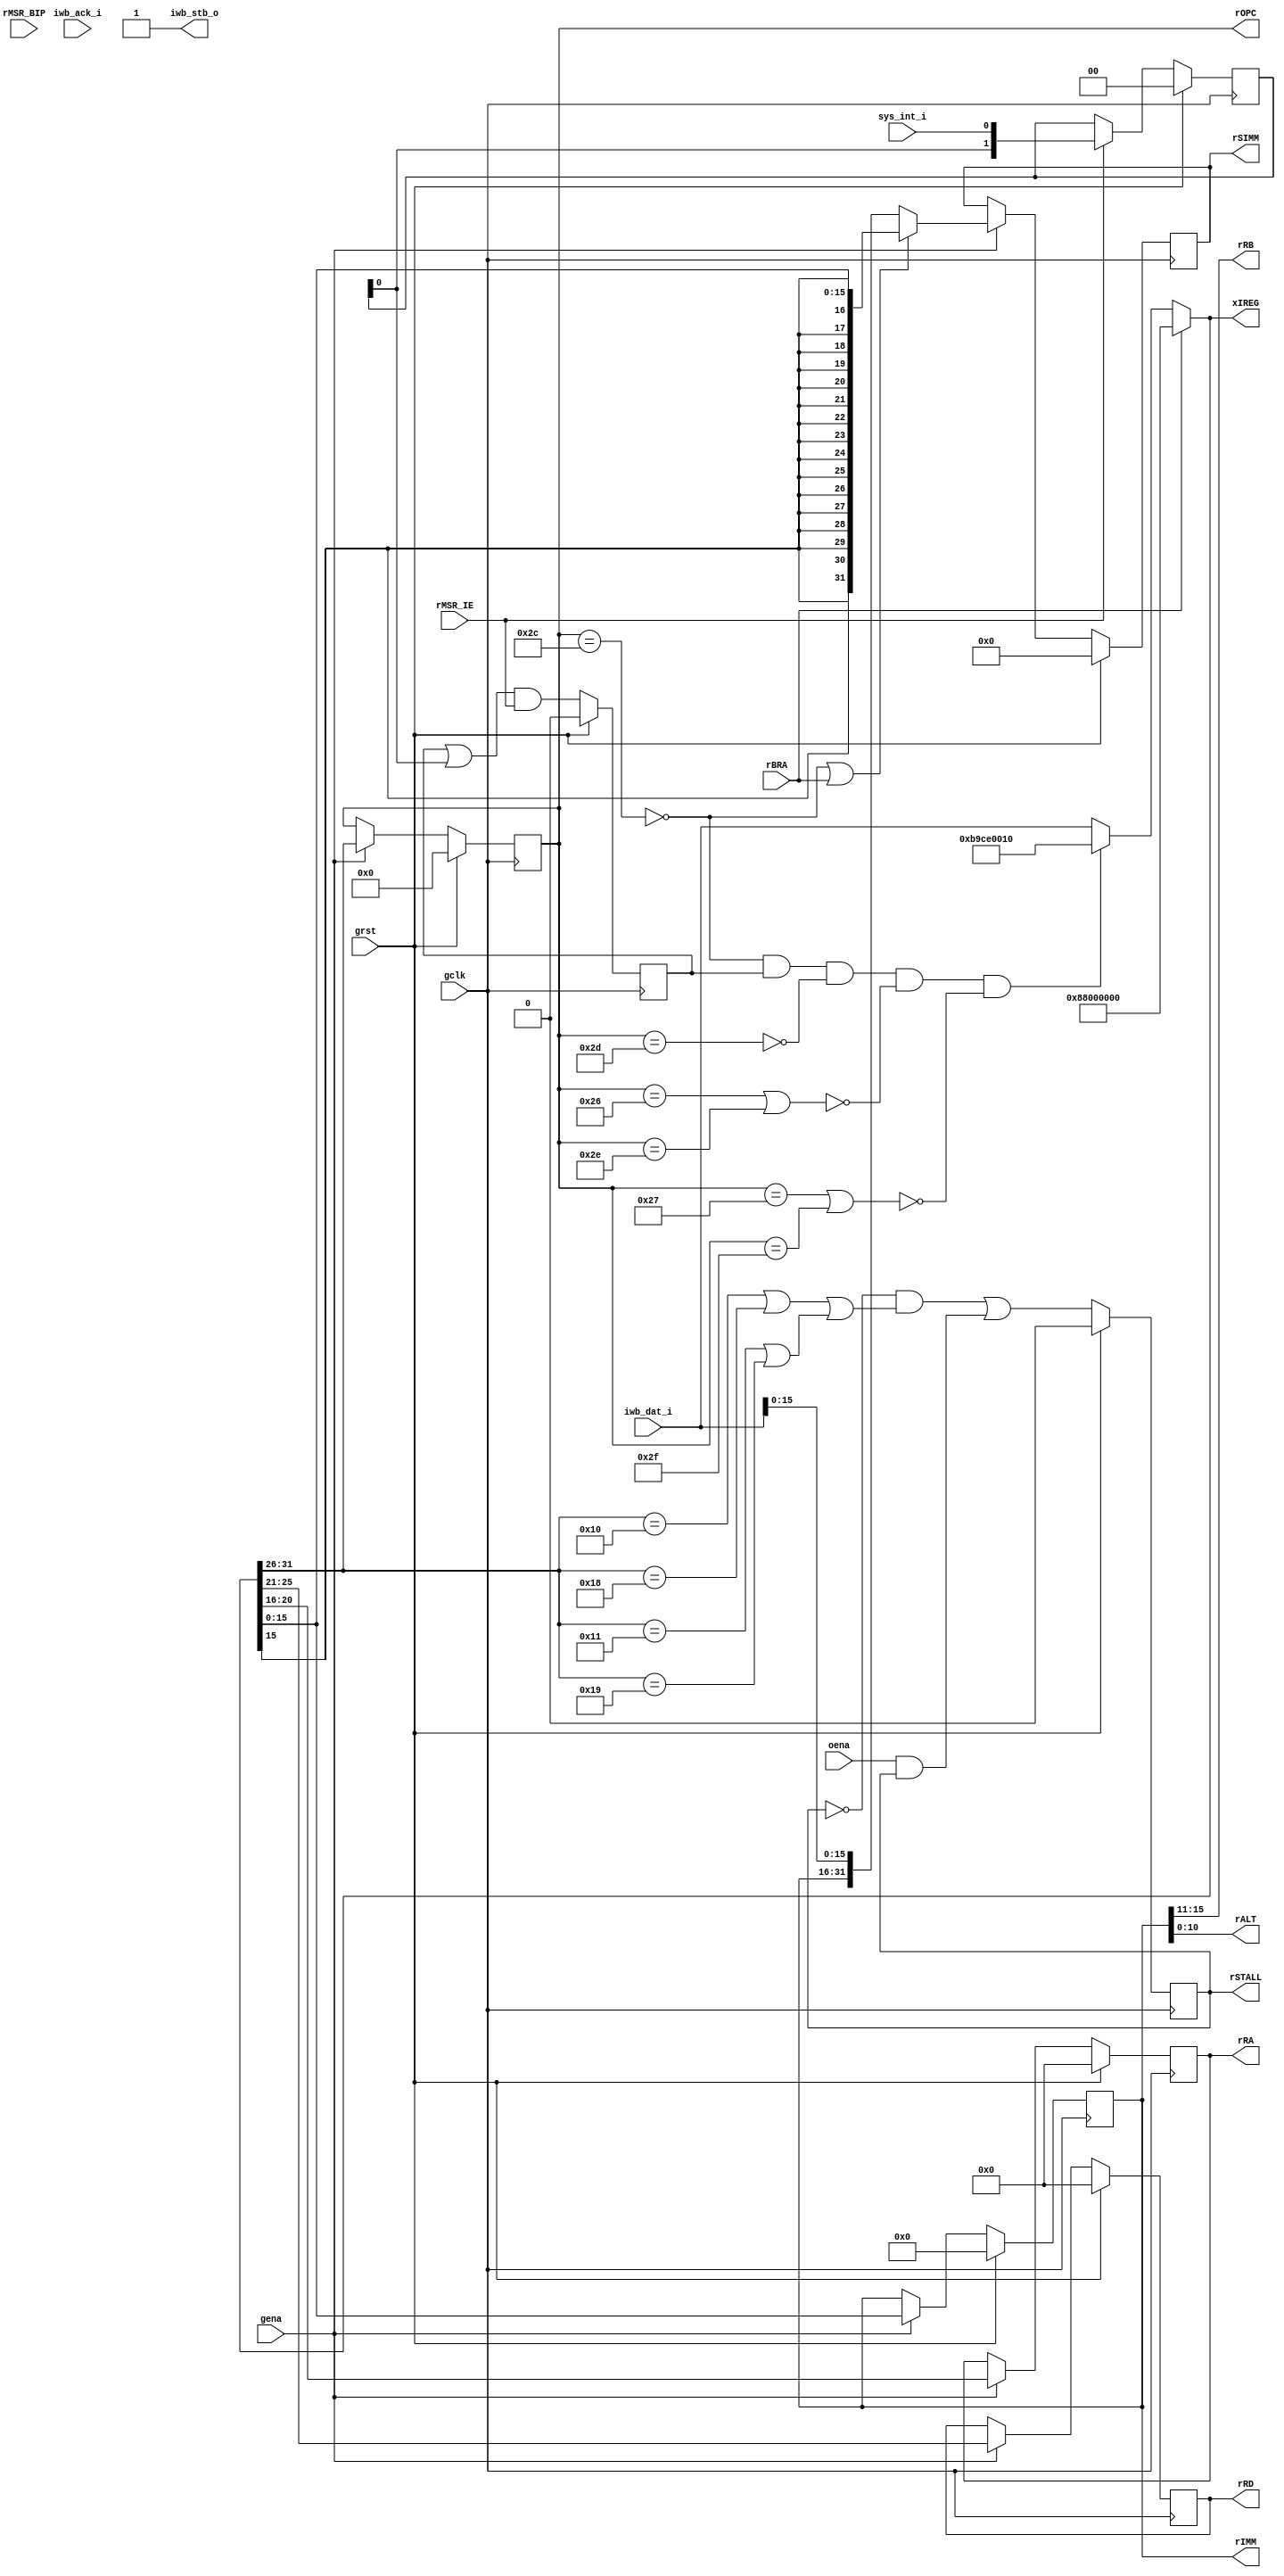
module aeMB_ibuf (/*AUTOARG*/
   // Outputs
   rIMM, rRA, rRD, rRB, rALT, rOPC, rSIMM, xIREG, rSTALL, iwb_stb_o,
   // Inputs
   rBRA, rMSR_IE, rMSR_BIP, iwb_dat_i, iwb_ack_i, sys_int_i, gclk,
   grst, gena, oena
   );
   // INTERNAL
   output [15:0] rIMM;
   output [4:0]  rRA, rRD, rRB;
   output [10:0] rALT;
   output [5:0]  rOPC;
   output [31:0] rSIMM;
   output [31:0] xIREG;
   output 	 rSTALL;   
   
   input 	 rBRA;
   //input [1:0] 	 rXCE;
   input 	 rMSR_IE;
   input 	 rMSR_BIP;   
   
   // INST WISHBONE
   output 	 iwb_stb_o;
   input [31:0]  iwb_dat_i;
   input 	 iwb_ack_i;

   // SYSTEM
   input 	 sys_int_i;   

   // SYSTEM
   input 	 gclk, grst, gena, oena;

   reg [15:0] 	 rIMM;
   reg [4:0] 	 rRA, rRD;
   reg [5:0] 	 rOPC;

   // FIXME: Endian
   wire [31:0] 	 wIDAT = iwb_dat_i;
   assign 	 {rRB, rALT} = rIMM;   
   
   // TODO: Assign to FIFO not full.
   assign 	iwb_stb_o = 1'b1;

   reg [31:0] 	rSIMM, xSIMM;
   reg 		rSTALL;   

   wire [31:0] 	wXCEOP = 32'hBA2D0008; // Vector 0x08
   wire [31:0] 	wINTOP = 32'hB9CE0010; // Vector 0x10
   wire [31:0] 	wBRKOP = 32'hBA0C0018; // Vector 0x18
   wire [31:0] 	wBRAOP = 32'h88000000; // NOP for branches
   
   wire [31:0] 	wIREG = {rOPC, rRD, rRA, rRB, rALT};   
   reg [31:0] 	xIREG;


   // --- INTERRUPT LATCH --------------------------------------
   // Debounce and latch onto the positive level. This is independent
   // of the pipeline so that stalls do not affect it.
   
   reg 		rFINT;
   reg [1:0] 	rDINT;
   wire 	wSHOT = rDINT[0];	

   always @(posedge gclk)
     if (grst) begin
	/*AUTORESET*/
	// Beginning of autoreset for uninitialized flops
	rDINT <= 2'h0;
	rFINT <= 1'h0;
	// End of automatics
     end else begin
	if (rMSR_IE)
	  rDINT <= #1 
		   {rDINT[0], sys_int_i};
	
	rFINT <= #1 
		 //(wIREG == wINTOP) ? 1'b0 : 
		 (rFINT | wSHOT) & rMSR_IE;
     end

   wire 	fIMM = (rOPC == 6'o54);
   wire 	fRTD = (rOPC == 6'o55);
   wire 	fBRU = ((rOPC == 6'o46) | (rOPC == 6'o56));
   wire 	fBCC = ((rOPC == 6'o47) | (rOPC == 6'o57));   
   
   // --- DELAY SLOT -------------------------------------------
   
   always @(/*AUTOSENSE*/fBCC or fBRU or fIMM or fRTD or rBRA or rFINT
	    or wBRAOP or wIDAT or wINTOP) begin
      xIREG <= (rBRA) ? wBRAOP : 
	       (!fIMM & rFINT & !fRTD & !fBRU & !fBCC) ? wINTOP :
	       wIDAT;
   end
   
   always @(/*AUTOSENSE*/fIMM or rBRA or rIMM or wIDAT or xIREG) begin
      xSIMM <= (!fIMM | rBRA) ? { {(16){xIREG[15]}}, xIREG[15:0]} :
	       {rIMM, wIDAT[15:0]};
   end   

   // --- PIPELINE --------------------------------------------
   
   always @(posedge gclk)
     if (grst) begin
	/*AUTORESET*/
	// Beginning of autoreset for uninitialized flops
	rIMM <= 16'h0;
	rOPC <= 6'h0;
	rRA <= 5'h0;
	rRD <= 5'h0;
	rSIMM <= 32'h0;
	// End of automatics
     end else if (gena) begin
	{rOPC, rRD, rRA, rIMM} <= #1 xIREG;
	rSIMM <= #1 xSIMM;	
     end

   // --- STALL FOR MUL/BSF -----------------------------------

   wire [5:0] wOPC = xIREG[31:26];   
   
   wire       fMUL = (wOPC == 6'o20) | (wOPC == 6'o30);
   wire       fBSF = (wOPC == 6'o21) | (wOPC == 6'o31);   
   
   always @(posedge gclk)
     if (grst) begin
	/*AUTORESET*/
	// Beginning of autoreset for uninitialized flops
	rSTALL <= 1'h0;
	// End of automatics
     end else begin
	rSTALL <= #1 (!rSTALL & (fMUL | fBSF)) | (oena & rSTALL);	
     end
   
endmodule